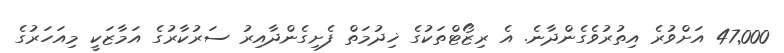
47